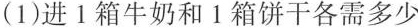
(1)进 1 箱牛奶和 1 箱饼干各需多少